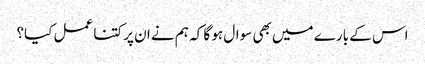
اس کے بارے میں بھی سوال ہو گا کہ ہم نے ان پر کتنا عمل کیا؟